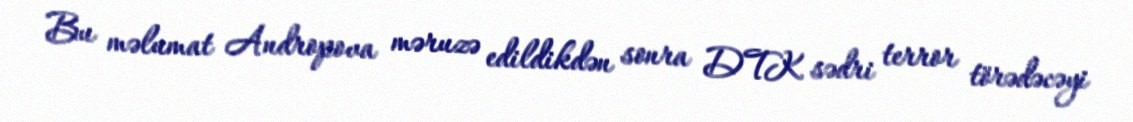
Bu məlumat Andropova məruzə edildikdən sonra DTK sədri terror törədəcəyi